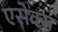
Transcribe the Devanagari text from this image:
एसेक्‍स